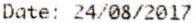
DATE: 24/08/2017